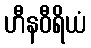
ဟီနဝီရိယံ